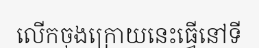
លើកចុងក្រោយនេះធ្វើនៅទី